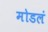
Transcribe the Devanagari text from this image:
मोडलं